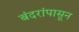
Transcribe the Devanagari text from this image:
बंदरांपासून